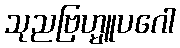
သုညဗြဟ္မူပဂေါ